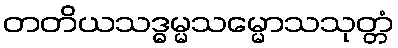
တတိယသဒ္ဓမ္မသမ္မောသသုတ္တံ